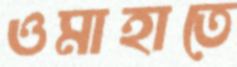
ওমাহাতে